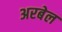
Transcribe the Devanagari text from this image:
अरबेल